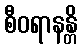
စီဝရာနန္တိ